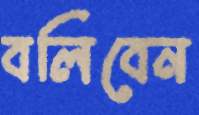
বলিবেন